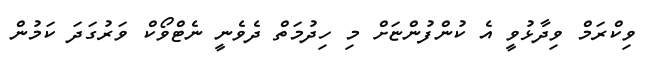
ވިކްރަމް ވިދާޅުވީ އެ ކުންފުންޏަށް މި ހިދުމަތް ދެވެނީ ނެޓްވޯކް ވަރުގަދަ ކަމުން